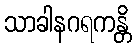
သာခါနဂရကန္တိ